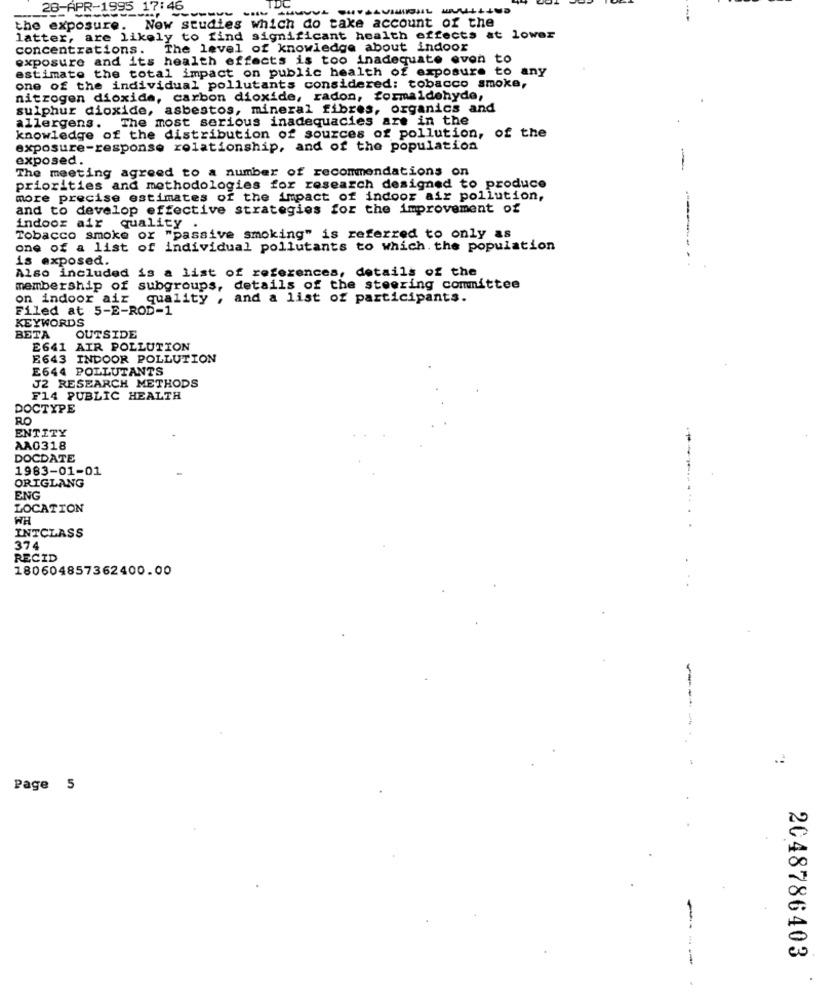
28 APR-1995 17:46
the exposure. Now studies which do take account of the
latter, are likely to find significant health effects at lower
concentrations.
The level of knowledge about indoor
exposure and its health effects is too inadequate even
to
estimate the total impact on public health of exposure to
any
one of the individual pollutants considered: tobacco smoke,
nitrogen dioxide, carbon dioxide, radon, formaldehyde,
sulphur dioxide, asbestos, mineral fibres, organics and
allergens. The most serious inadequacies are in the
knowledge of the distribution of sources of pollution, of the
exposure-response relationship, and of the population
exposed.
The meeting agreed to a number of recommendations on
priorities and methodologies for research designed to produce
more precise estimates of the impact of indoor air pollution,
and to develop effective strategies for the improvement of
indoor air quality .
Tobacco smoke or "passive smoking" is referred to only as
one of a list of individual pollutants to which. the population
is exposed.
Also included is a list of references, details of the
membership of subgroups, details of the steering committee
on indoor air
quality , and a list of participants.
Filed at 5-E-ROD-1
KEYWORDS
BETA
OUTSIDE
E641 AIR POLLUTION
E643 INDOOR POLLUTION
E644 POLLUTANTS
J2 RESEARCH METHODS
F14 PUBLIC HEALTH
DOCTYPE
RO
ENTITY
AA0318
DOCDATE
1983-01-01
ORIGLANG
ENG
LOCATION
WH
INTCLASS
374
RECID
180604857362400.00
----
Page 5
2048786403
----